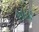
ખાડા